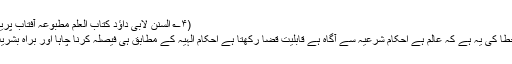
(۴؎ السنن لابی داؤد کتاب العلم مطبوعہ آفتاب پریس لاہور ۲/ ۱۵۸)
دوسری صورت خطا کی یہ ہے کہ عالم ہے احکام شرعیہ سے آگاہ ہے قابلیت قضا رکھتا ہے احکامِ الہٰیہ کے مطابق ہی فیصلہ کرنا چاہا اور براہ بشریت غلط فہمی ہوئی۔